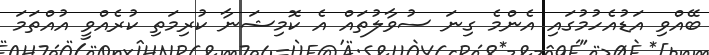
ބޭއްވި އަޑުއެހުމުގައި އެންމެ ގިނަ ސުވާލުތައް އެ ކޮމިޝަނާ ކުރިމަތި ކުރެއްވީ އުއްތަމަ